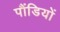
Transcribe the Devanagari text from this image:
पौंडियों